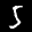
Label: 5